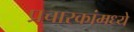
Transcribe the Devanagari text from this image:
प्रचारकांमध्ये